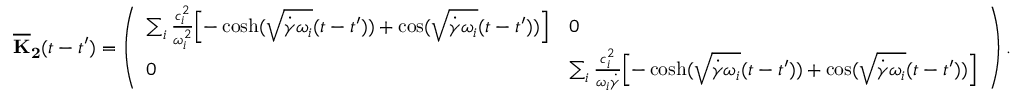
\mathbf { { \overline { { K } } _ { 2 } } } ( t - t ^ { \prime } ) = \left( \begin{array} { l l } { \sum _ { i } \frac { c _ { i } ^ { 2 } } { \omega _ { i } ^ { 2 } } \Bigl [ - \cosh ( \sqrt { \dot { \gamma } \omega _ { i } } ( t - t ^ { \prime } ) ) + \cos ( \sqrt { \dot { \gamma } \omega _ { i } } ( t - t ^ { \prime } ) ) \Bigr ] } & { 0 } \\ { 0 } & { \sum _ { i } \frac { c _ { i } ^ { 2 } } { \omega _ { i } \dot { \gamma } } \Bigl [ - \cosh ( \sqrt { \dot { \gamma } \omega _ { i } } ( t - t ^ { \prime } ) ) + \cos ( \sqrt { \dot { \gamma } \omega _ { i } } ( t - t ^ { \prime } ) ) \Bigr ] } \end{array} \right) .